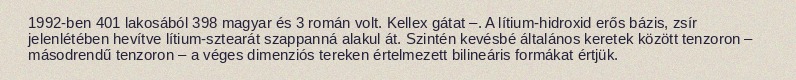
1992-ben 401 lakosából 398 magyar és 3 román volt. Kellex gátat –. A lítium-hidroxid erős bázis, zsír jelenlétében hevítve lítium-sztearát szappanná alakul át. Szintén kevésbé általános keretek között tenzoron – másodrendű tenzoron – a véges dimenziós tereken értelmezett bilineáris formákat értjük.